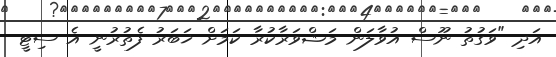
އަދި "ވަގުތު ނޫސް އުވާލަން މަޝްވަރާކުރާ ކަމަށް ޚަބަރު ފެތުރުނީ އެ ސިޓީ